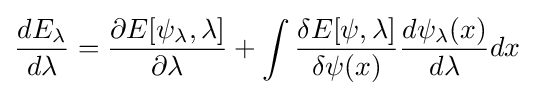
{\frac {dE_{\lambda }}{d\lambda }}={\frac {\partial E[\psi _{\lambda },\lambda ]}{\partial \lambda }}+\int {\frac {\delta E[\psi ,\lambda ]}{\delta \psi (x)}}{\frac {d\psi _{\lambda }(x)}{d\lambda }}dx